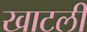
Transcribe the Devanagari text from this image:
खाटली